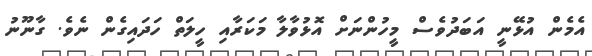
އެމެން އުޅޭނީ އަބަދުވެސް މީހުންނަށް އޮޅުވާލާ މަކަރާއި ހީލަތް ހަދައިގެން ނެވެ. ގާނޫނު